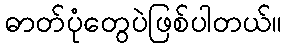
ဓာတ်ပုံတွေပဲဖြစ်ပါတယ်။